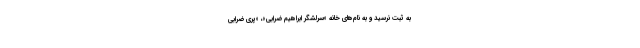
به ثبت نرسید و به نام‌های خانه «سرلشگر ابراهیم ضرابی»، «پری ضرابی